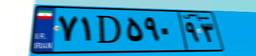
۷۱D۵۹۰۹۳